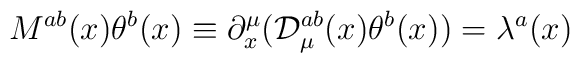
M^{ab}(x)\theta ^b(x)\equiv \partial _x^\mu ({\cal D}_\mu ^{ab}(x)\theta^b(x))=\lambda ^a(x)